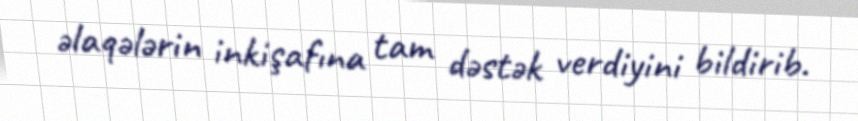
əlaqələrin inkişafına tam dəstək verdiyini bildirib.